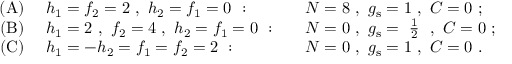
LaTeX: \begin{array} { r l l } { { \mathrm { ( A ) } \ } } & { { h _ { 1 } = f _ { 2 } = 2 \ , \ h _ { 2 } = f _ { 1 } = 0 \ : \quad } } & { { N = 8 \ , \ g _ { \mathrm { s } } = 1 \ , \ C = 0 \ ; \nonumber } } \\ { { \mathrm { ( B ) } \ } } & { { h _ { 1 } = 2 \ , \ f _ { 2 } = 4 \ , \ h _ { 2 } = f _ { 1 } = 0 \ : \quad } } & { { N = 0 \ , \ g _ { \mathrm { s } } = \mathrm { ~ \frac { 1 } { 2 } ~ } \ , \ C = 0 \ ; \nonumber } } \\ { { \mathrm { ( C ) } \ } } & { { h _ { 1 } = - h _ { 2 } = f _ { 1 } = f _ { 2 } = 2 \ : \quad } } & { { N = 0 \ , \ g _ { \mathrm { s } } = 1 \ , \ C = 0 \ . } } \end{array}